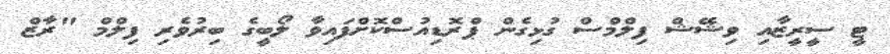
ޓީ ސީރީޒާއި ވިޝޭޝް ފިލްމްސް ގުޅިގެން ޕްރޮޑިއުސްކޮށްފައިވާ ލޯބީގެ ބިރުވެރި ފިލްމް "ރާޒް